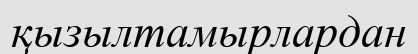
қызылтамырлардан